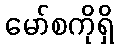
မော်စကိုရှိ